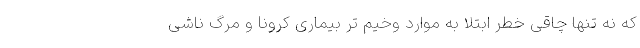
که نه تنها چاقی خطر ابتلا به موارد وخیم تر بیماری کرونا و مرگ ناشی